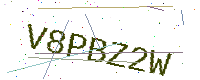
Text: V8PBZ2W